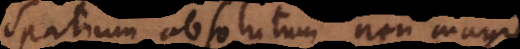
Spatium absolutum non magis